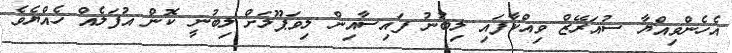
އެހެންވިއްޔާ ސުއަރޭޒް ވިއްކާފައި ލިބުނު ފައިސާއިން ލިވަޕޫލަށް ލިބުނީ ކޮން އުފަލެއް ހެއްޔެވެ